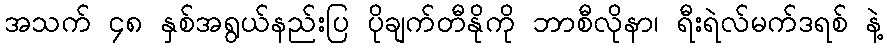
အသက် ၄၈ နှစ်အရွယ်နည်းပြ ပိုချက်တီနိုကို ဘာစီလိုနာ၊ ရီးရဲလ်မက်ဒရစ် နဲ့